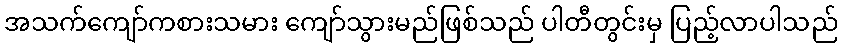
အသက်ကျော်ကစားသမား ကျော်သွားမည်ဖြစ်သည် ပါတီတွင်းမှ ပြည့်လာပါသည်